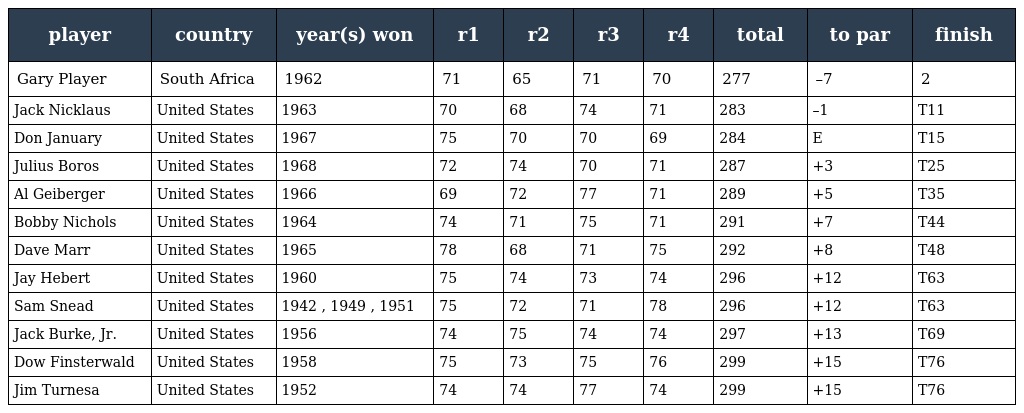
| player | country | year(s) won | r1 | r2 | r3 | r4 | total | to par | finish |
 | --- | --- | --- | --- | --- | --- | --- | --- | --- | --- |
 | Gary Player | South Africa | 1962 | 71 | 65 | 71 | 70 | 277 | –7 | 2 |
 | Jack Nicklaus | United States | 1963 | 70 | 68 | 74 | 71 | 283 | –1 | T11 |
 | Don January | United States | 1967 | 75 | 70 | 70 | 69 | 284 | E | T15 |
 | Julius Boros | United States | 1968 | 72 | 74 | 70 | 71 | 287 | +3 | T25 |
 | Al Geiberger | United States | 1966 | 69 | 72 | 77 | 71 | 289 | +5 | T35 |
 | Bobby Nichols | United States | 1964 | 74 | 71 | 75 | 71 | 291 | +7 | T44 |
 | Dave Marr | United States | 1965 | 78 | 68 | 71 | 75 | 292 | +8 | T48 |
 | Jay Hebert | United States | 1960 | 75 | 74 | 73 | 74 | 296 | +12 | T63 |
 | Sam Snead | United States | 1942 , 1949 , 1951 | 75 | 72 | 71 | 78 | 296 | +12 | T63 |
 | Jack Burke, Jr. | United States | 1956 | 74 | 75 | 74 | 74 | 297 | +13 | T69 |
 | Dow Finsterwald | United States | 1958 | 75 | 73 | 75 | 76 | 299 | +15 | T76 |
 | Jim Turnesa | United States | 1952 | 74 | 74 | 77 | 74 | 299 | +15 | T76 |